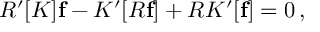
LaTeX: { \cal R } ^ { \prime } [ K ] { \bf f } - K ^ { \prime } [ { \cal R } { \bf f } ] + { \cal R } K ^ { \prime } [ { \bf f } ] = 0 \, ,